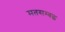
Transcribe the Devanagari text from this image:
मतसम्बद्ध